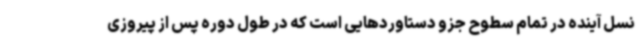
نسل آینده در تمام سطوح جزو دستاوردهایی است که در طول دوره پس از پیروزی